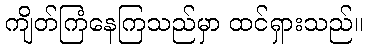
ကျိတ်ကြံနေကြသည်မှာ ထင်ရှားသည်။